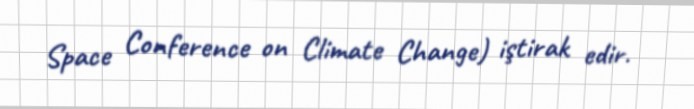
Space Conference on Climate Change) iştirak edir.